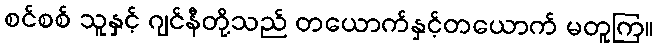
စင်စစ် သူနှင့် ဂျင်နီတို့သည် တယောက်နှင့်တယောက် မတူကြ။